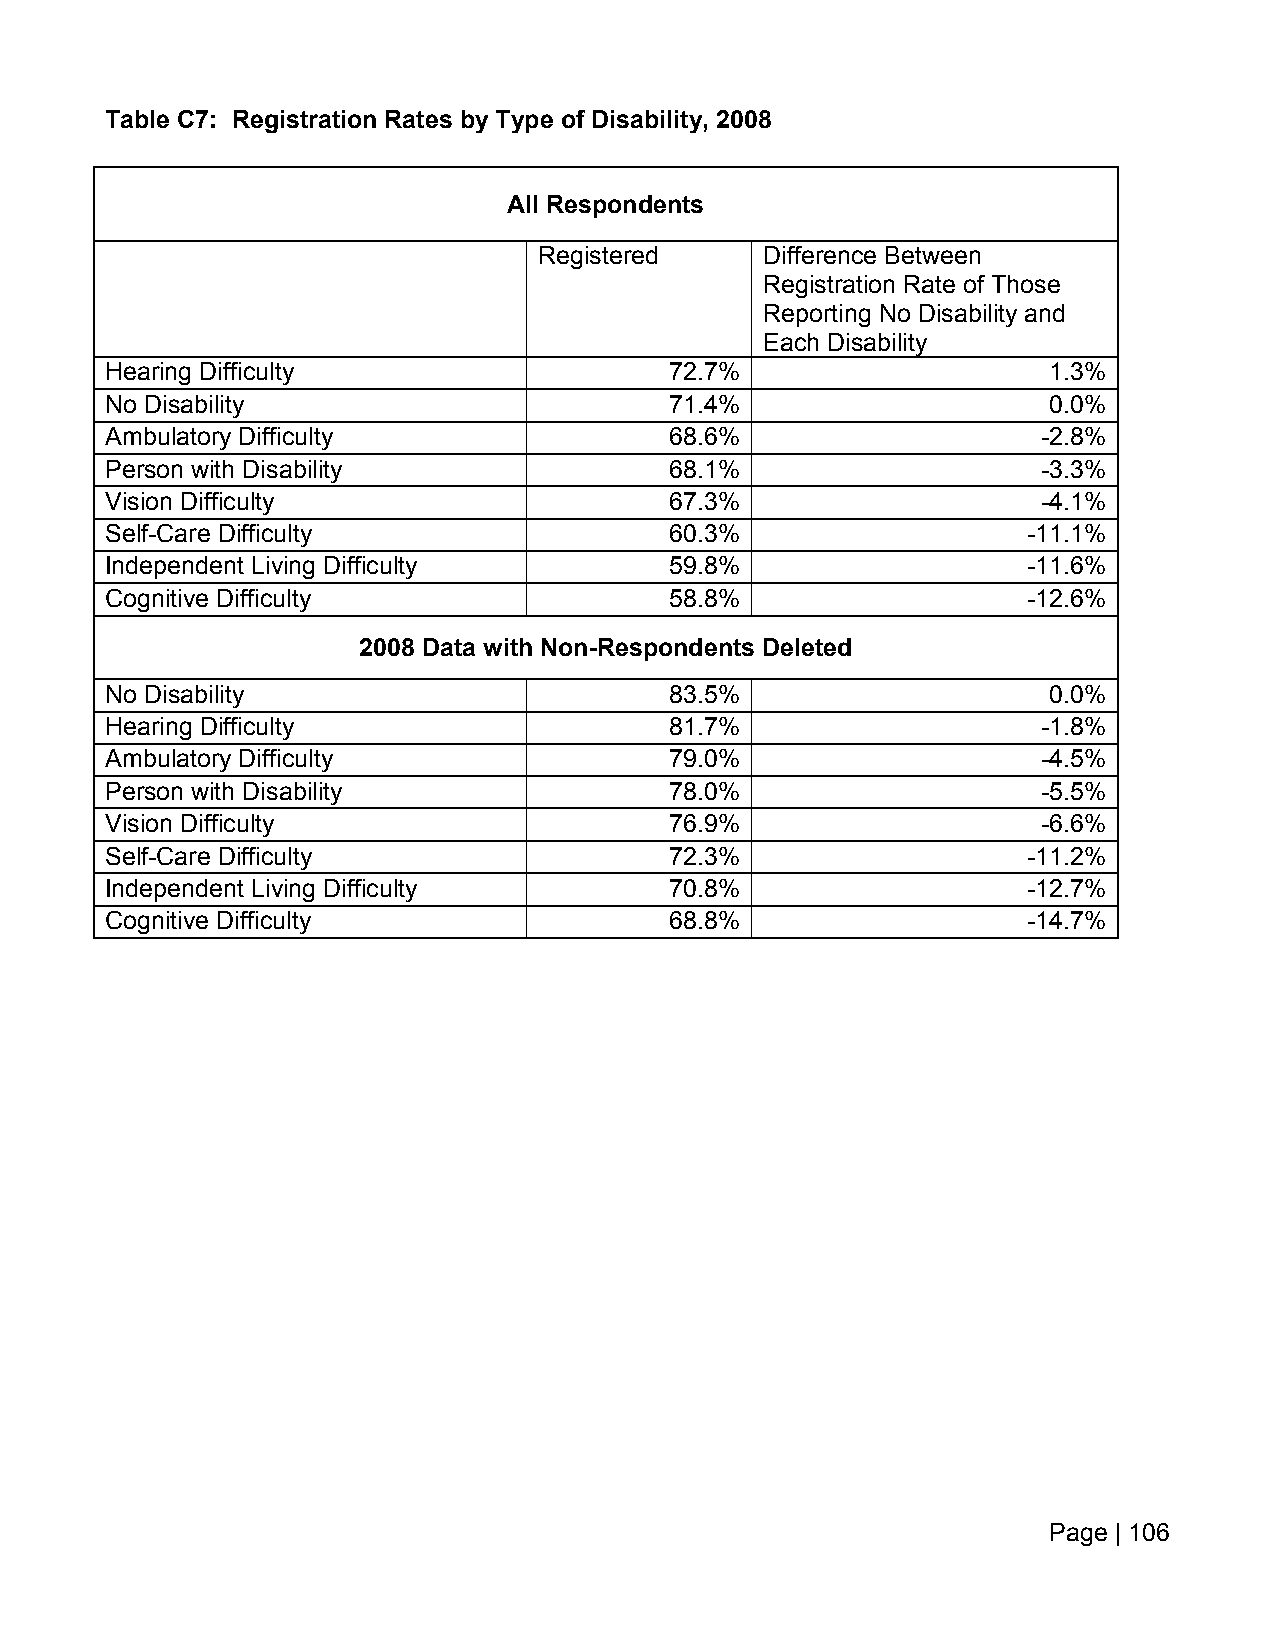
Table C7: Registration Rates by Type of Disability, 2008
 All Respondents
 Registered     Difference Between
 Registration Rate of Those
 Reporting No Disability and
 Each Disability
 Hearing Difficulty                   72.7%                    1.3%
 No Disability                        71.4%                    0.0%
 Ambulatory Difficulty                68.6%                    -2.8%
 Person with Disability               68.1%                    -3.3%
 Vision Difficulty                    67.3%                    -4.1%
 Self-Care Difficulty                 60.3%                   -11.1%
 Independent Living Difficulty        59.8%                   -11.6%
 Cognitive Difficulty                 58.8%                   -12.6%
 2008 Data with Non-Respondents Deleted
 No Disability                        83.5%                    0.0%
 Hearing Difficulty                   81.7%                    -1.8%
 Ambulatory Difficulty                79.0%                    -4.5%
 Person with Disability               78.0%                    -5.5%
 Vision Difficulty                    76.9%                    -6.6%
 Self-Care Difficulty                 72.3%                   -11.2%
 Independent Living Difficulty        70.8%                   -12.7%
 Cognitive Difficulty                 68.8%                   -14.7%
 Page | 106